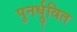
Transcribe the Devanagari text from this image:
पुनर्ध्रुवित